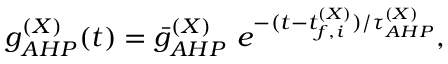
g _ { A H P } ^ { ( X ) } ( t ) = \bar { g } _ { A H P } ^ { ( X ) } ~ e ^ { - ( t - t _ { f , i } ^ { ( X ) } ) / \tau _ { A H P } ^ { ( X ) } } ,